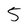
Character: 5